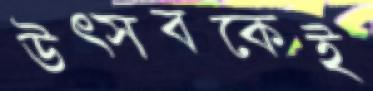
উত্সবকেই